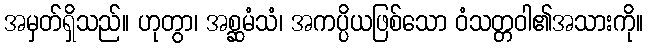
အမှတ်ရှိသည်။ ဟုတွာ၊ အစ္ဆမံသံ၊ အကပ္ပိယဖြစ်သော ဝံသတ္တဝါ၏အသားကို။